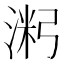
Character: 𱧝